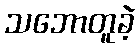
သဘောတူခဲ့